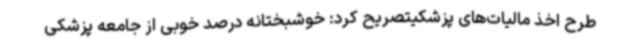
طرح اخذ مالیات‌های پزشکیتصریح کرد: خوشبختانه درصد خوبی از جامعه پزشکی